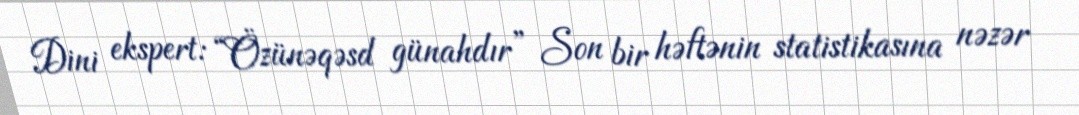
Dini ekspert: “Özünəqəsd günahdır” Son bir həftənin statistikasına nəzər